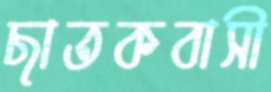
ছাতকবাসী